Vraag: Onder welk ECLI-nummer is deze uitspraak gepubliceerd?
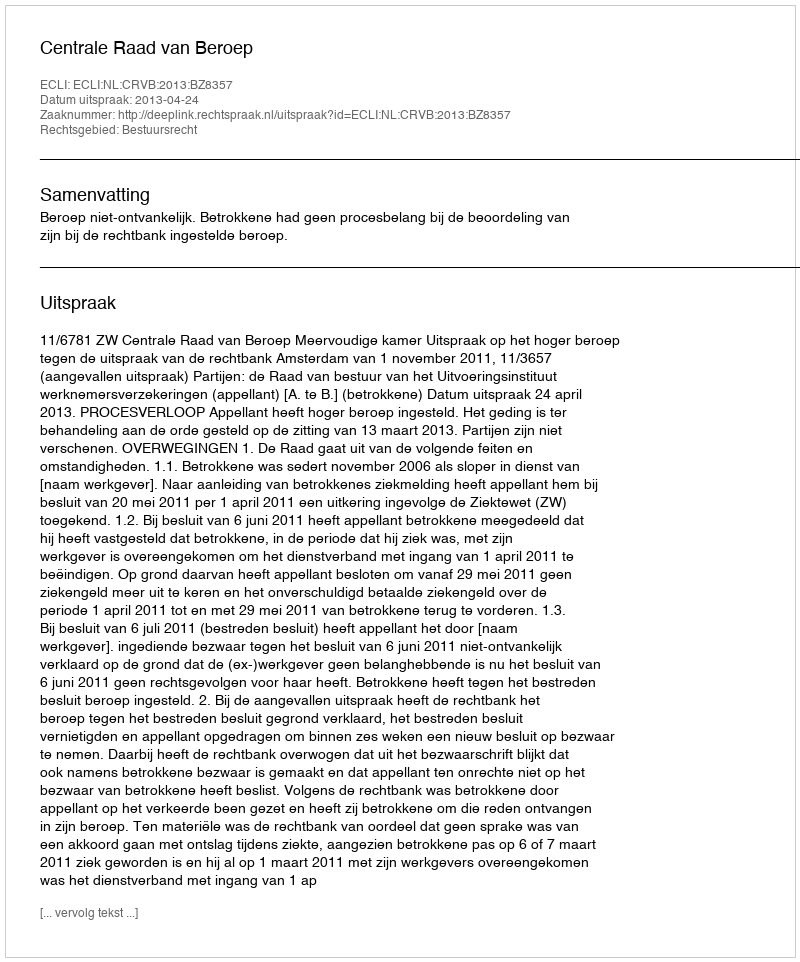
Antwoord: ECLI:NL:CRVB:2013:BZ8357